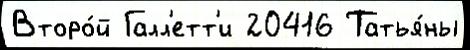
Второ́й Галл'етт'и 20416 Татья́ны